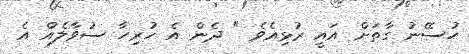
ހުސޭނު ގާތަށް އައީ ރުޅިއެވެ " ދެން އެ ހުރިހާ ސުވާލެއް އެ